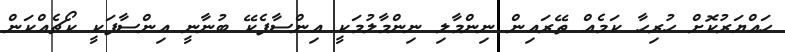
ހައްޔަރުކޮށް ހުރިހާ ކަމެއް ތޭރައިން ނިންމާލި ނިންމާލުމަކީ އިންސާފެކޭ ބުނާނީ އިންސާފަކީ ކޯޗެއްކަން